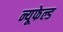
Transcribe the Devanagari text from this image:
न्यूफेल्ड